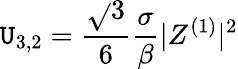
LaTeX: \mathtt{U}_{3,2}=\frac{{\sqrt{}{{3}}}}{{6}}\frac{{\sigma}}{{\beta}}|Z^{(1)}|^{2}